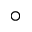
\circ